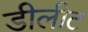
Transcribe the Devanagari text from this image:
डीलीट